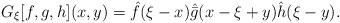
LaTeX: \begin{align*}G_\xi[f,g,h](x,y) = \hat f(\xi-x)\hat{\bar g}(x-\xi+y)\hat h(\xi-y).\end{align*}